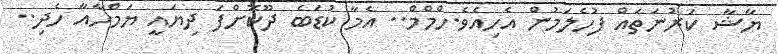
ޔާޝާ ކަރުނަތައް ފުހެލަމުން އެހިއެވެ.ހްމްމް.. އެމާ ކުޑަބެ ދޫކޮށްފަ ދިޔައީ ޔަމްހާއާ ހެދި..